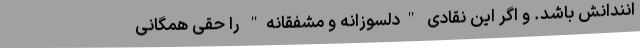
انندانش باشد. و اگر این نقادی "دلسوزانه و مشفقانه" را حقی همگانی